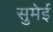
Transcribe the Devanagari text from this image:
सुमेई